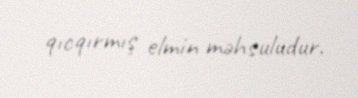
qıcqırmış elmin məhsuludur.